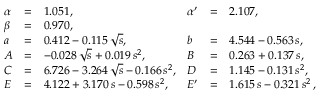
\begin{array} { l c l l c l } { { \alpha } } & { { = } } & { { 1 . 0 5 1 , } } & { { \alpha ^ { \prime } } } & { { = } } & { { 2 . 1 0 7 , } } \\ { { \beta } } & { { = } } & { { 0 . 9 7 0 , } } & { { } } & { { } } & { { } } \\ { { a } } & { { = } } & { { 0 . 4 1 2 - 0 . 1 1 5 \, \sqrt { s } , } } & { { b } } & { { = } } & { { 4 . 5 4 4 - 0 . 5 6 3 \, s , } } \\ { { A } } & { { = } } & { { - 0 . 0 2 8 \, \sqrt { s } + 0 . 0 1 9 \, s ^ { 2 } , } } & { { B } } & { { = } } & { { 0 . 2 6 3 + 0 . 1 3 7 \, s , } } \\ { { C } } & { { = } } & { { 6 . 7 2 6 - 3 . 2 6 4 \, \sqrt { s } - 0 . 1 6 6 \, s ^ { 2 } , } } & { { D } } & { { = } } & { { 1 . 1 4 5 - 0 . 1 3 1 \, s ^ { 2 } , \quad \quad \quad \, \, } } \\ { { E } } & { { = } } & { { 4 . 1 2 2 + 3 . 1 7 0 \, s - 0 . 5 9 8 \, s ^ { 2 } , } } & { { E ^ { \prime } } } & { { = } } & { { 1 . 6 1 5 \, s - 0 . 3 2 1 \, s ^ { 2 } \, , } } \end{array}